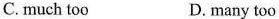
C. much too D. many too